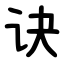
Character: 诀